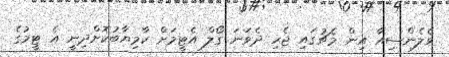
ވެލެންސިއާ އިން މެޗުގައި ޖެހި ދެވަނަ ގޯލް އެޓީމަށް ކާމިޔާބުކޮށްދިނީ އެ ޓީމުގެ